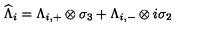
\widehat { \Lambda } _ { i } = \Lambda _ { i , + } \otimes \sigma _ { 3 } + \Lambda _ { i , - } \otimes i \sigma _ { 2 }